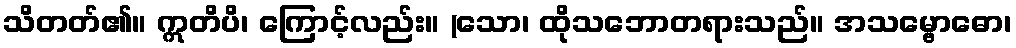
သိတတ်၏။ ဣတိပိ၊ ကြောင့်လည်း။ (သော၊ ထိုသဘောတရားသည်။ အသမ္ဗောဓော၊